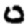
Digit: 0